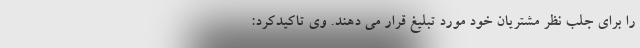
را برای جلب نظر مشتریان خود مورد تبلیغ قرار می دهند. وی تاکیدکرد: